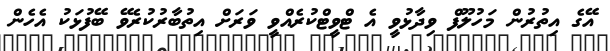
އޭގެ އިތުރުން މަހުލޫފް ވިދާޅުވީ އެ ޓްވީޓްކުރެއްވީ ވަރަށް އިތުބާރުކުރެވޭ ބޭފުޅަކު އެހެން